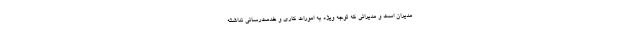
مدیران است و مدیرانی که توجه ویژه به امورات کاری و خدمت‌رسانی نداشته